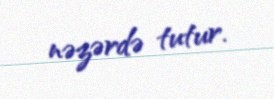
nəzərdə tutur.